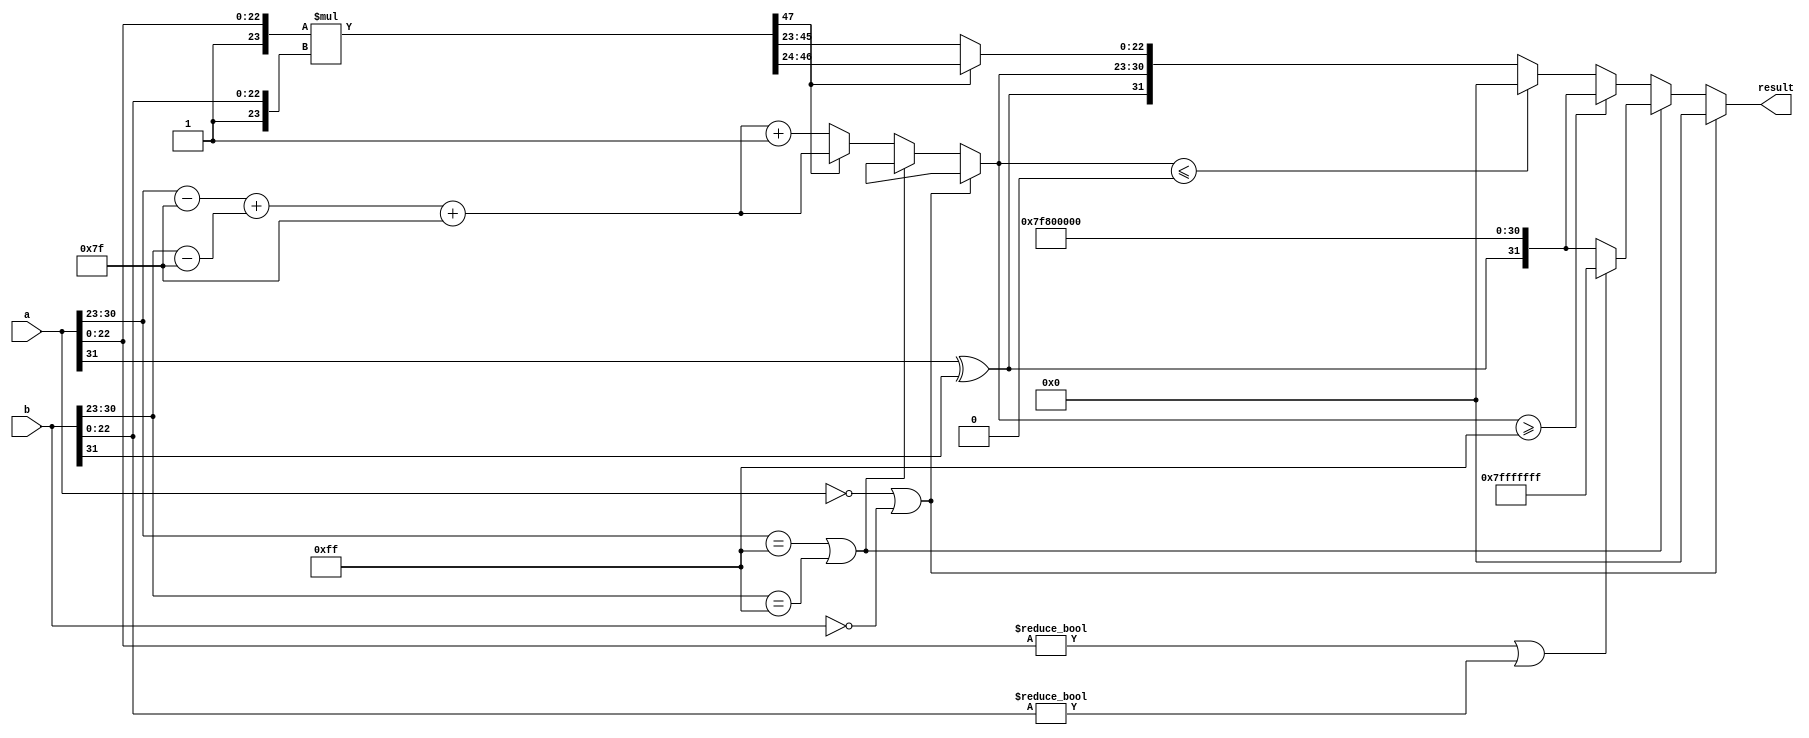
module fp_multiplier (
    input [31:0] a, // First floating-point number
    input [31:0] b, // Second floating-point number
    output reg [31:0] result // Resulting floating-point number
);

    // Constants
    localparam EXPONENT_BIAS = 127;
    localparam EXPONENT_MAX = 255;
    localparam EXPONENT_MIN = 0;
    
    // Internal signals
    wire sign_a = a[31];
    wire sign_b = b[31];
    wire [7:0] exponent_a = a[30:23];
    wire [7:0] exponent_b = b[30:23];
    wire [22:0] mantissa_a = a[22:0];
    wire [22:0] mantissa_b = b[22:0];

    wire [23:0] mantissa_a_normalized = {1'b1, mantissa_a}; // 1.M_a
    wire [23:0] mantissa_b_normalized = {1'b1, mantissa_b}; // 1.M_b

    wire [7:0] exp_a_adjusted = exponent_a - EXPONENT_BIAS;
    wire [7:0] exp_b_adjusted = exponent_b - EXPONENT_BIAS;
    
    // Sign of the result
    wire sign_result = sign_a ^ sign_b;

    // Exponent calculation
    wire [8:0] exponent_result = exp_a_adjusted + exp_b_adjusted + EXPONENT_BIAS;

    // Mantissa multiplication
    wire [47:0] mantissa_result = mantissa_a_normalized * mantissa_b_normalized; // 24 * 24 = 48 bits

    // Normalization
    reg [7:0] final_exponent;
    reg [22:0] final_mantissa;
    reg overflow, underflow;

    always @* begin
        // Default values
        final_exponent = 0;
        final_mantissa = 0;
        overflow = 0;
        underflow = 0;
        
        // Check for zero inputs
        if (a == 32'b0 || b == 32'b0) begin
            result = 32'b0; // Result is zero
        end else if (exponent_a == EXPONENT_MAX || exponent_b == EXPONENT_MAX) begin
            // Handle NaN or Infinity
            if (mantissa_a != 0 || mantissa_b != 0) begin
                result = 32'b01111111111111111111111111111111; // NaN
            end else begin
                result = {sign_result, 8'b11111111, 23'b0}; // Infinity
            end
        end else begin
            // Normalization
            if (mantissa_result[47]) begin
                // Already normalized
                final_mantissa = mantissa_result[46:24]; // Take the top 23 bits
                final_exponent = exponent_result[7:0]; // Use the calculated exponent
            end else begin
                // Shift right to normalize
                final_mantissa = mantissa_result[45:23]; // Take the top 23 bits after shifting
                final_exponent = exponent_result[7:0] + 1; // Increment exponent
            end
            
            // Check for overflow and underflow
            if (final_exponent >= EXPONENT_MAX) begin
                overflow = 1;
                result = {sign_result, 8'b11111111, 23'b0}; // Set to infinity
            end else if (final_exponent <= EXPONENT_MIN) begin
                underflow = 1;
                result = 32'b0; // Set to zero
            end else begin
                result = {sign_result, final_exponent, final_mantissa};
            end
        end
    end

endmodule